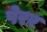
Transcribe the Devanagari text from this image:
पेरर